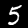
Label: 5